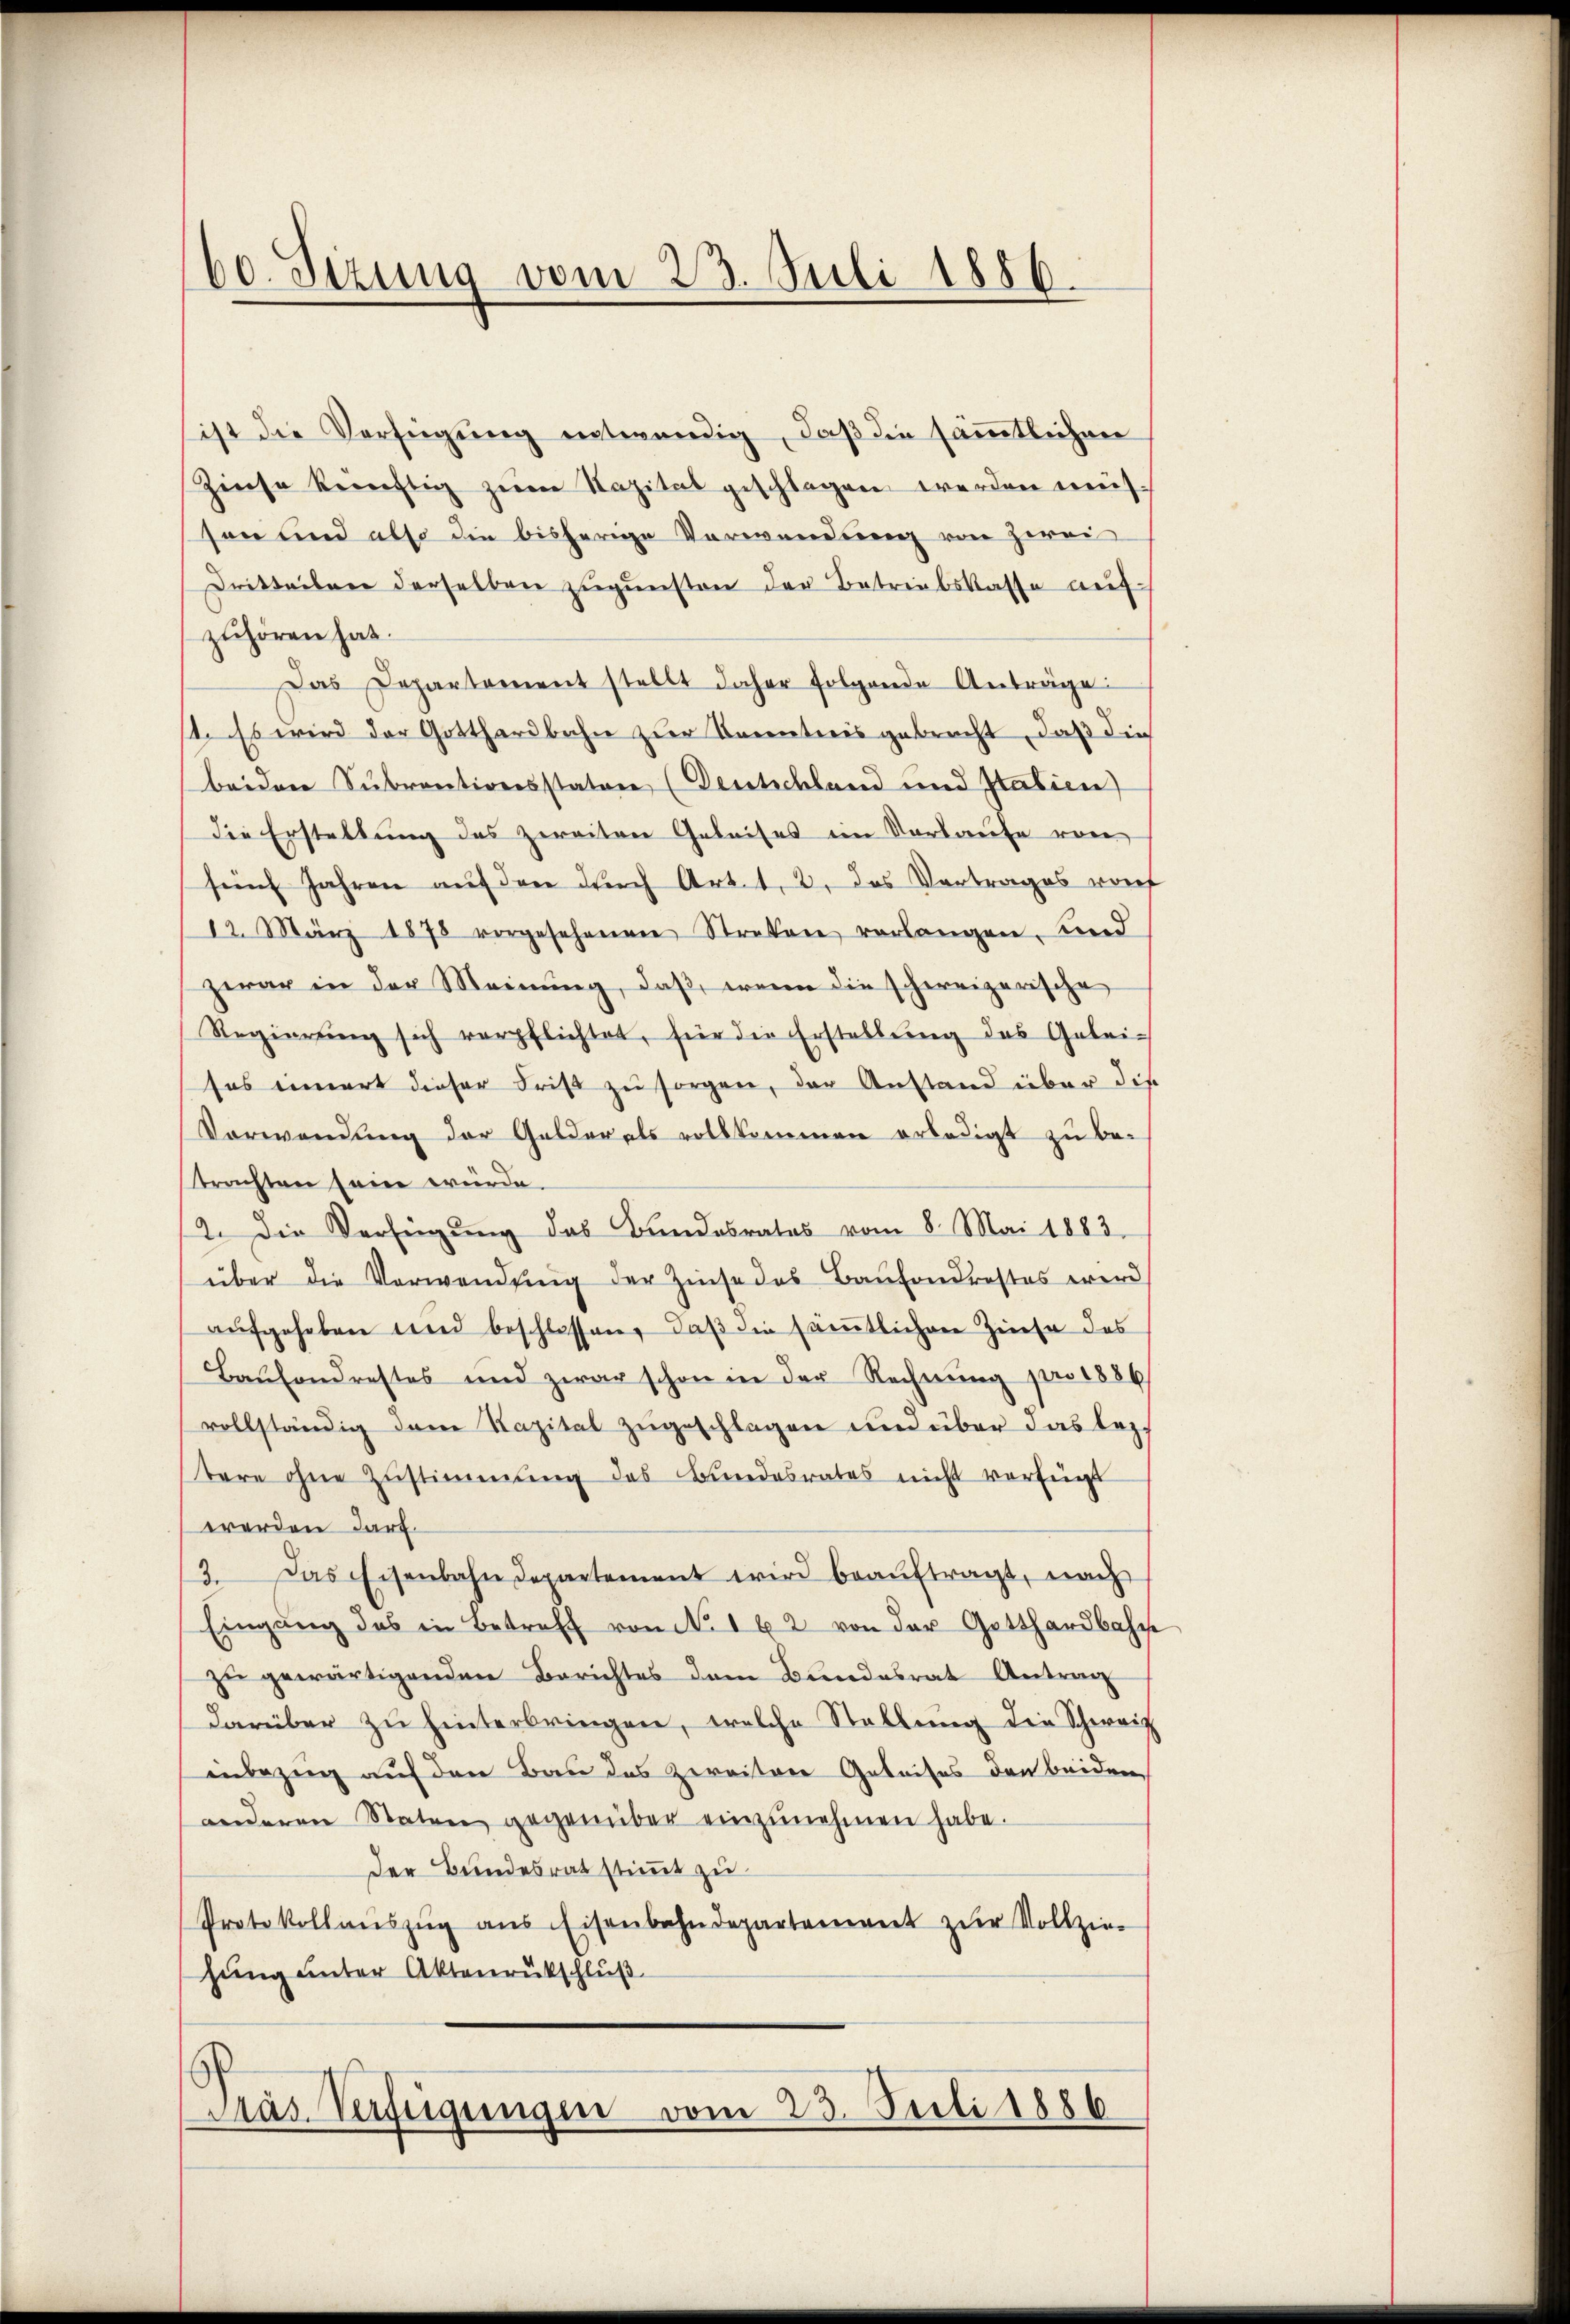
60. Sizung vom 23. Juli 1886.

ist die Verfügung entwendig, daß die sämmtlichen
Zinse künftig zum Kapital geschlagen werden müsson und also die bisherige Verwendung von zwei
Dritteilen derselben zugunsten der Betriebskasse auf-
zuhören hat.
Das Departement stellt daher folgende Anträge:
st. Es wird der Gotthardbahn zur Kenntnis gebracht, daß die
beiden Subventionsstaten (Dentschland und Italien
die Erstellung des zweiten Geleises im Vorkaufe vor
fünf Jahren aŭf den durch Art. 1, 2. das Vortrages vorf
12. März 1878 vorgesehenen Streker verlangen Kind
zwar in der Meinung, daß, wenn die schweizerische
Regierŭng sich verpflichtet, für die Erstellung des Geleises innert dieser Frist zu sorgen, der Anstand über die
Verwendung der Gelder als vollkommen erledigt zu be-
trachten sein würde.
12. Die Verfügŭng das Bundesrates vom 8. Mai 1883.
über die Verwendŭng der Zinse das Baufondrastes wird
aŭfgehoben und beschlossen, daβ die sämtlichen Zinse des
Baufondrestes und zwar schon in der Rechnŭng pro 1886
vollständig dem Kapital zugeschlagen und über das lez
tere ohne Zustimmung des Bundesrates nicht verfügt
werden darf.
2. Das Eisenbahndepartement wird beauftragt, nach
Eingang des in Betreff von No. 162 von der Gotthardbahn
zŭ gewärtigenden Berichtes dem Bundesrat Antrag
darüber zŭ hinterbringen, welche Stellŭng die Schweiz
inbezug auf den Bau das zweitere Geleises den beiden
anderen Raten gegenüber einzŭnehmen habe.
Der Bundesrat stimmt zu
Protokollaŭszŭg ans Eisenbahndepartement zŭr Vollzie-
hung unter Aktenrückschluß

Das Verfügungen vom 23. Juli 1886